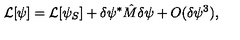
{ \cal L } [ \psi ] = { \cal L } [ \psi _ { S } ] + \delta \psi ^ { * } \hat { M } \delta \psi + O ( \delta \psi ^ { 3 } ) ,